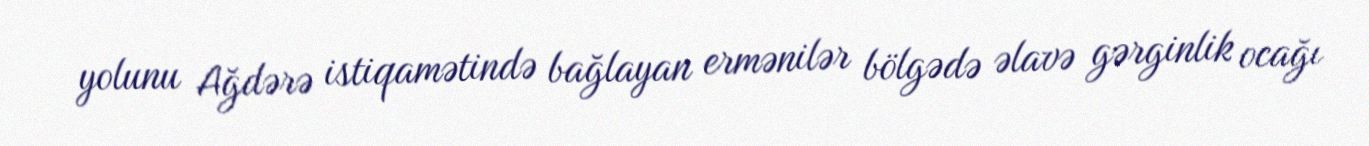
yolunu Ağdərə istiqamətində bağlayan ermənilər bölgədə əlavə gərginlik ocağı